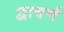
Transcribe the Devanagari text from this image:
द्वावर्ण